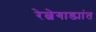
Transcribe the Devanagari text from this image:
रेल्वेगाड्यांत